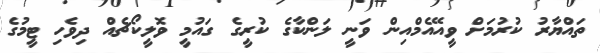
ތައްޔާރު ކުރުމަށް ވީއޭއެމްއިން ވަނީ ލަންކާގެ ކުރީގެ ގައުމީ ވޮލީކޯޗެއް ދިވެހި ޓީމުގެ